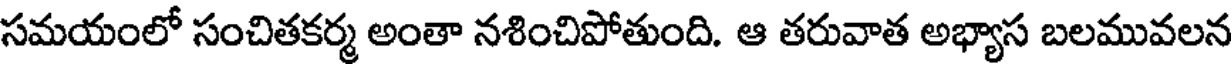
సమయంలో సంచితకర్మ అంతా నశించిపోతుంది. ఆ తరువాత అభ్యాస బలమువలన